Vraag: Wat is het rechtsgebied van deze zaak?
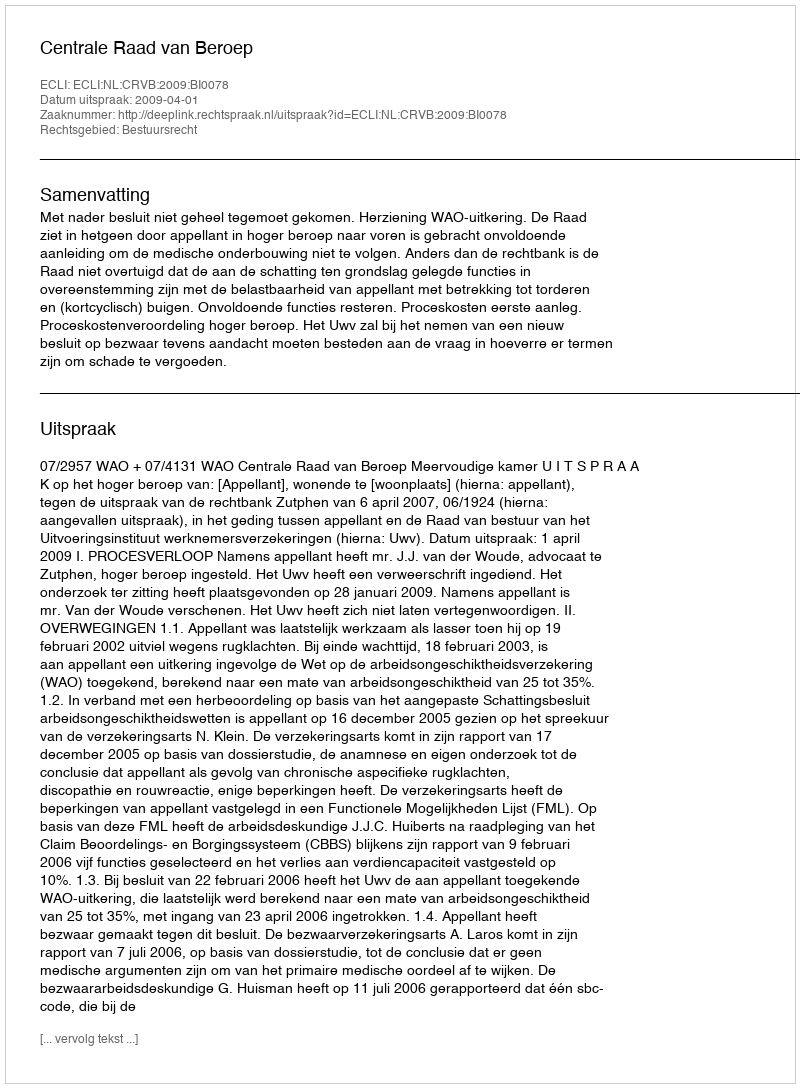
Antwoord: Bestuursrecht